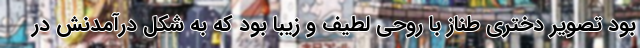
بود تصویر دختری طناز با روحی لطیف و زیبا بود که به شکل درآمدنش در